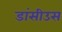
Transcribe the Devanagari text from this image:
डांसीउस